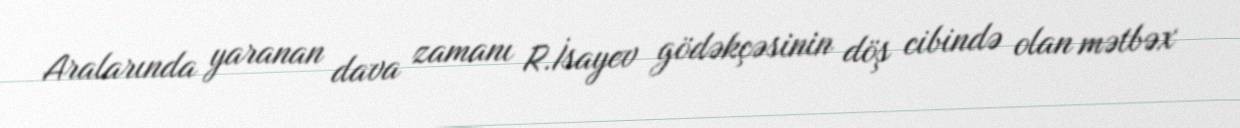
Aralarında yaranan dava zamanı R.İsayev gödəkçəsinin döş cibində olan mətbəx